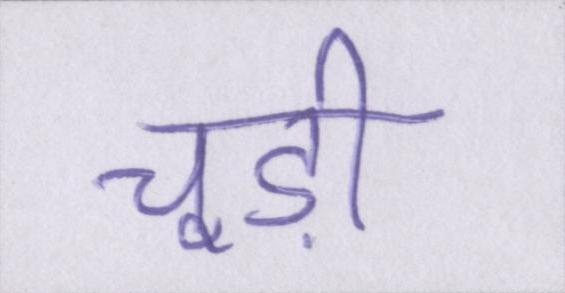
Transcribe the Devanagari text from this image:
चूड़ी